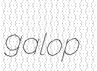
galop